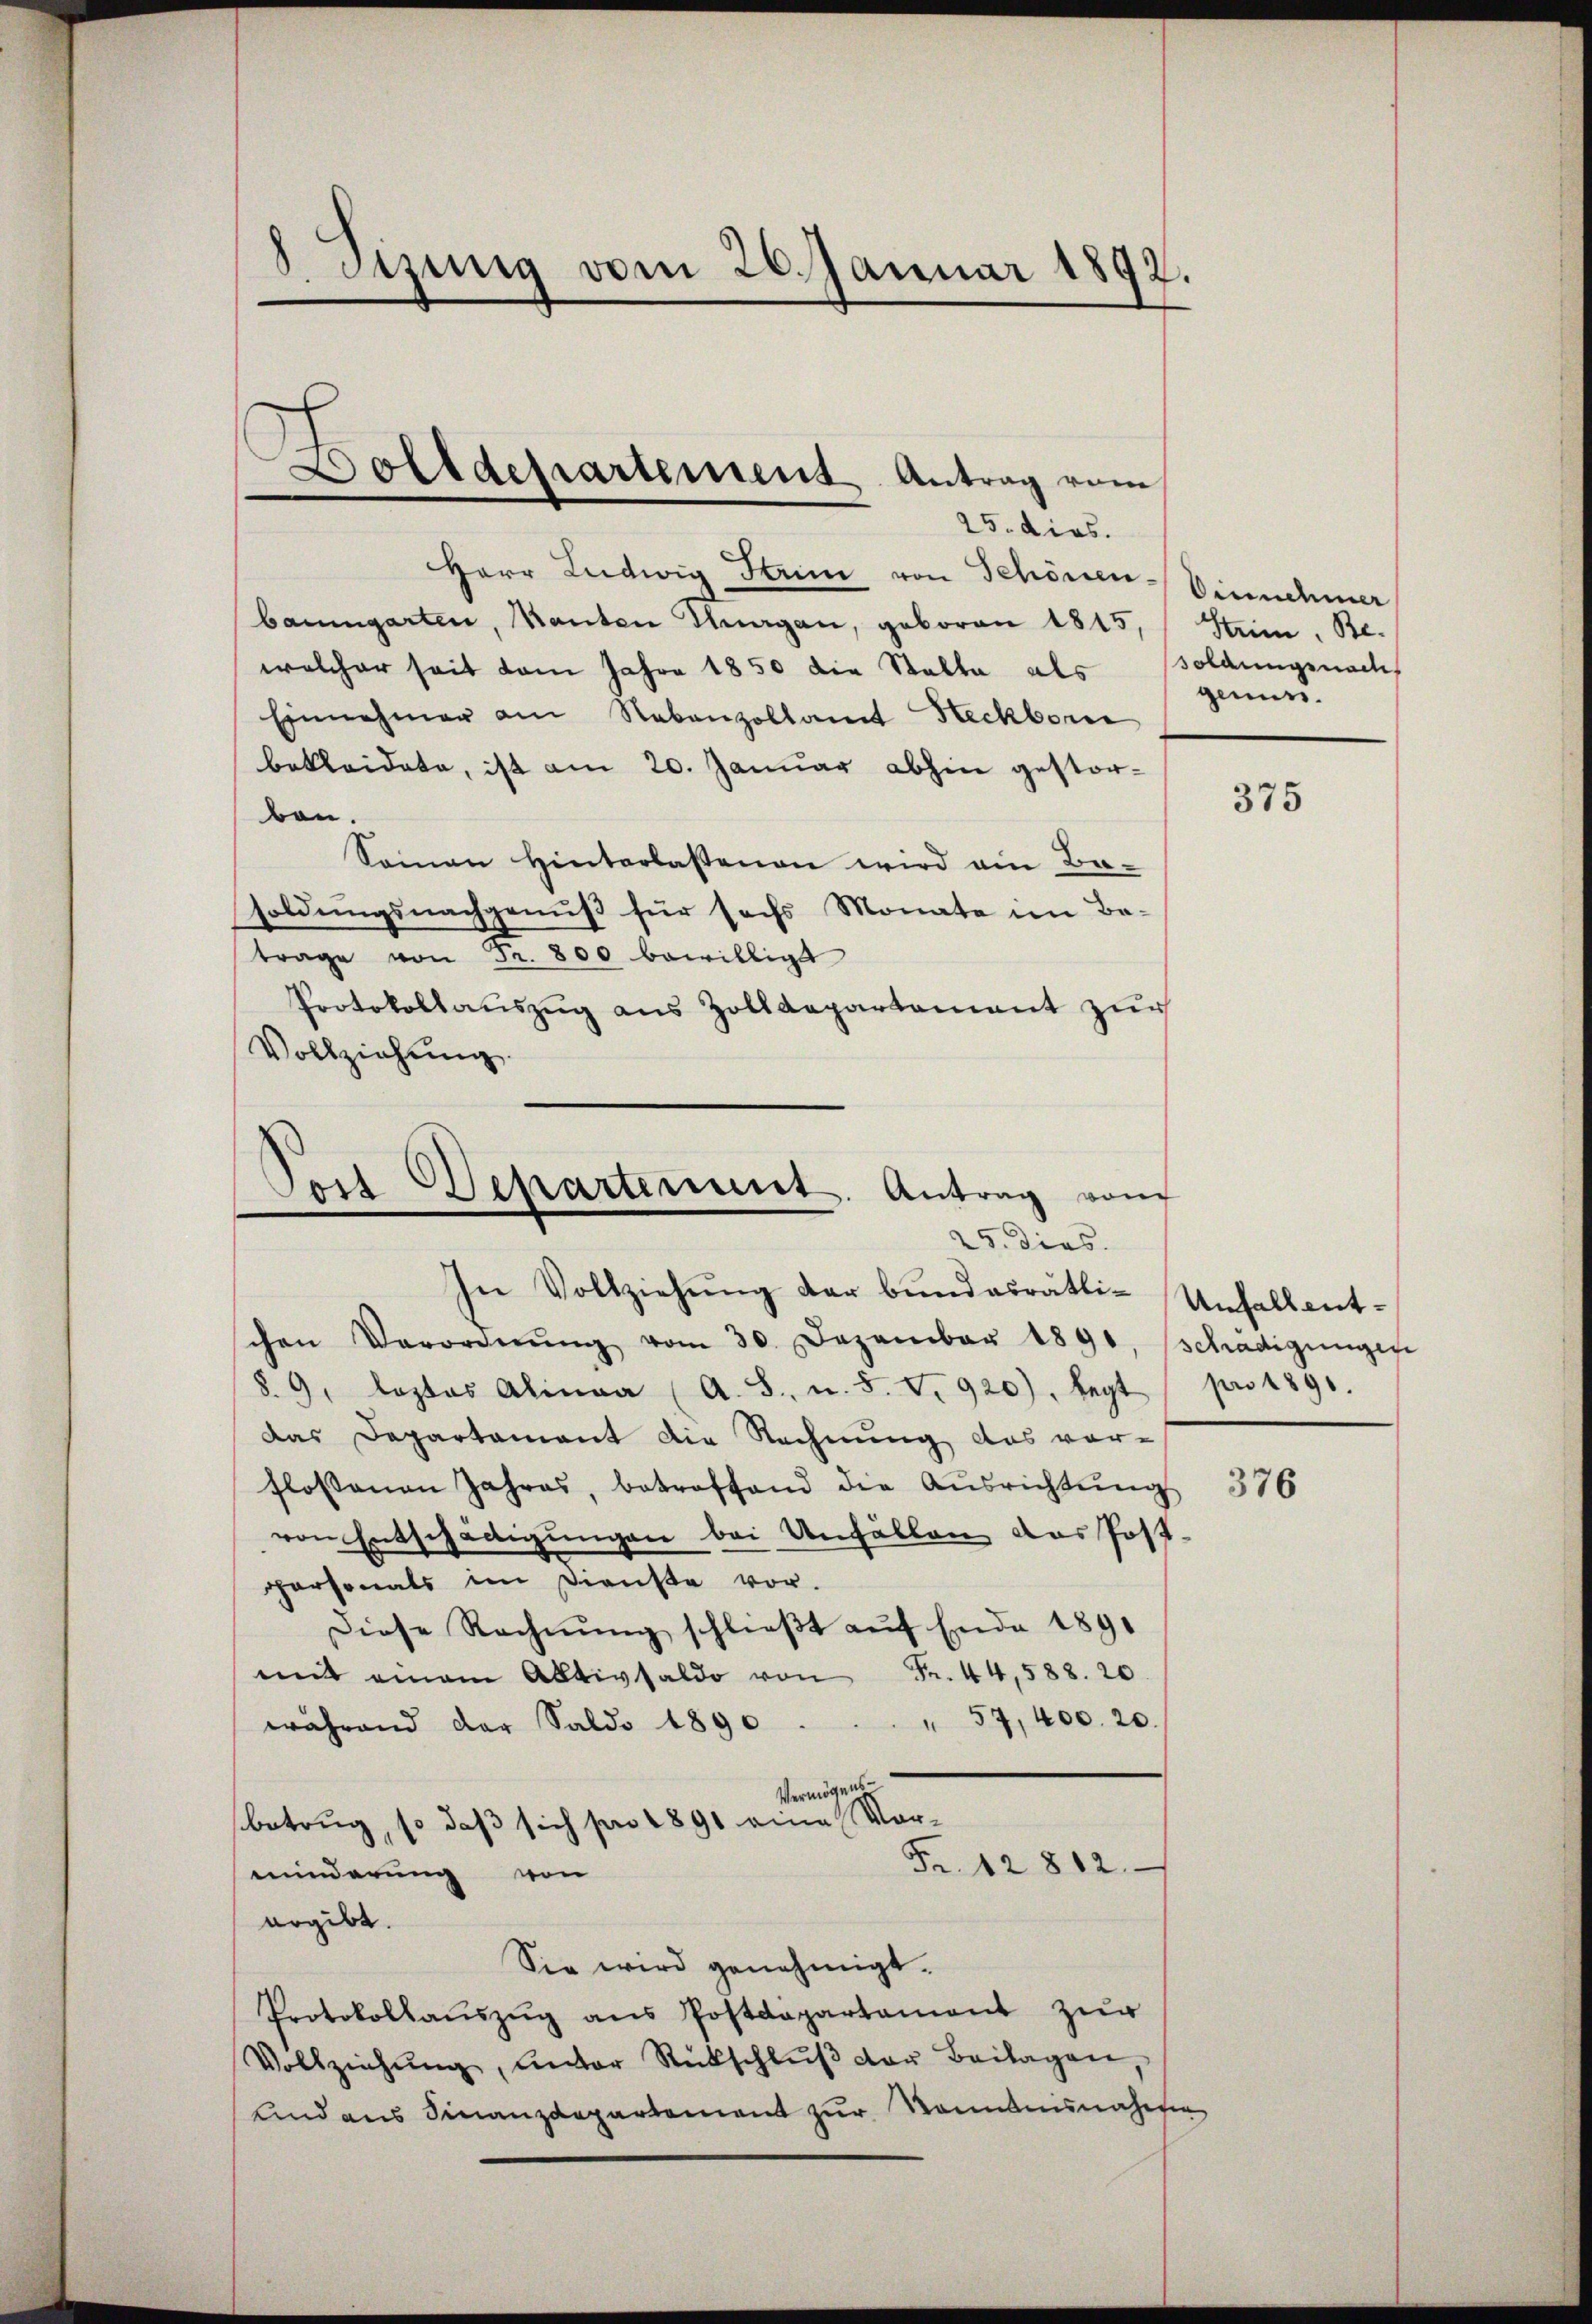
8. Jung vom 26. Januar 1892.

Herr Ludwig Stum von Schönen Einnehmer
baumgarten, Kanten Thurgau, geboren 1815,
welcher seit vom Jahre 1850 die Stalla als soldungsnach
Einnahmer am Nebenzollamt Heckborn
bekleidete, ist am 20. Januar abhin gestorben.
Sonnen Hinterlassenen wird ein Be-
soldungsnachgenuß für sechs Monate im Be-
trage von Fr. 800 bewilligt
Protokollauszug aus Zolldepartement zur
Vollziehung.

Dolldepartement Antrag vom
25. dies.

Tost Departement. Antrag vom
25. dies

In Vollziehŭng der bundesrätli-Unfallent-
schen Verordnŭng vom 30. Dezember 1890, schädigungege
§. 9. loptos Alinea (A. S. u. 5. v. 920), legt pro 1890.
das Departament die Rechnung das vor-
flossenen Jahres, betreffend die Aŭsrichtŭng
von Entschädigungen bei Unfällen das Post-
personals im Dienste vor.
Diese Rechnŭng schlieβt aŭf Ende 1891
mit einem Aktivsaldo von Fr. 44,588. 20.
" 57, 400. 20.
während der Saldo 1890
Vermögens-
betrug, so daß sich pro 1891 eine Vor¬
Fr. 12802.
minderung von
ergibt.
Sie wird genehmigt.
Protokollaŭszŭg ans Postdepartament zŭr
Vollziehŭng, unter Rückschlŭβ der Beilagen,
Und aus Finanzdepartement zur Sonntensnahme

Strim. Be.
genue.

375

376